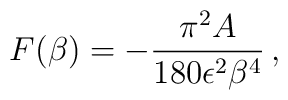
{}F(\beta)=-{\pi^2 A\over 180\epsilon^2\beta^4}\,,